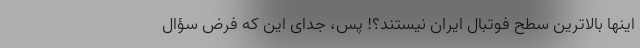
اینها بالاترین سطح فوتبال ایران نیستند؟! پس، جدای این که فرض سؤال